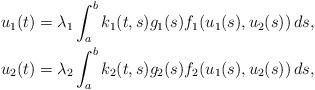
LaTeX: \begin{align*}\begin{aligned}u_1(t)=\lambda_1 \int_{a}^{b}k_1(t,s)g_1(s)f_1(u_1(s),u_2(s))\,ds, \\u_2(t)= \lambda_2 \int_{a}^{b}k_2(t,s)g_2(s)f_2(u_1(s),u_2(s))\,ds,\end{aligned}\end{align*}